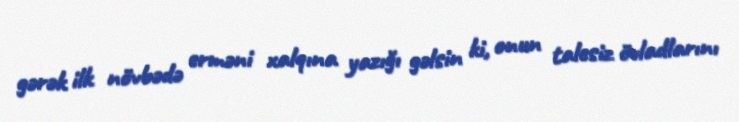
gərək ilk növbədə erməni xalqına yazığı gəlsin ki, onun talesiz övladlarını